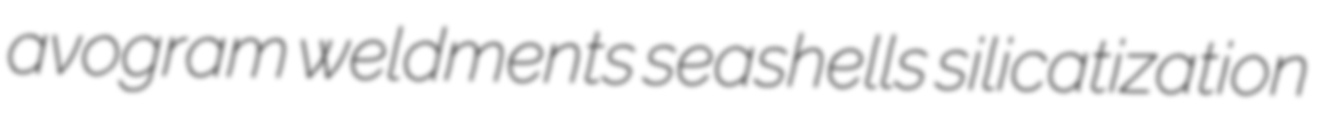
avogram weldments seashells silicatization